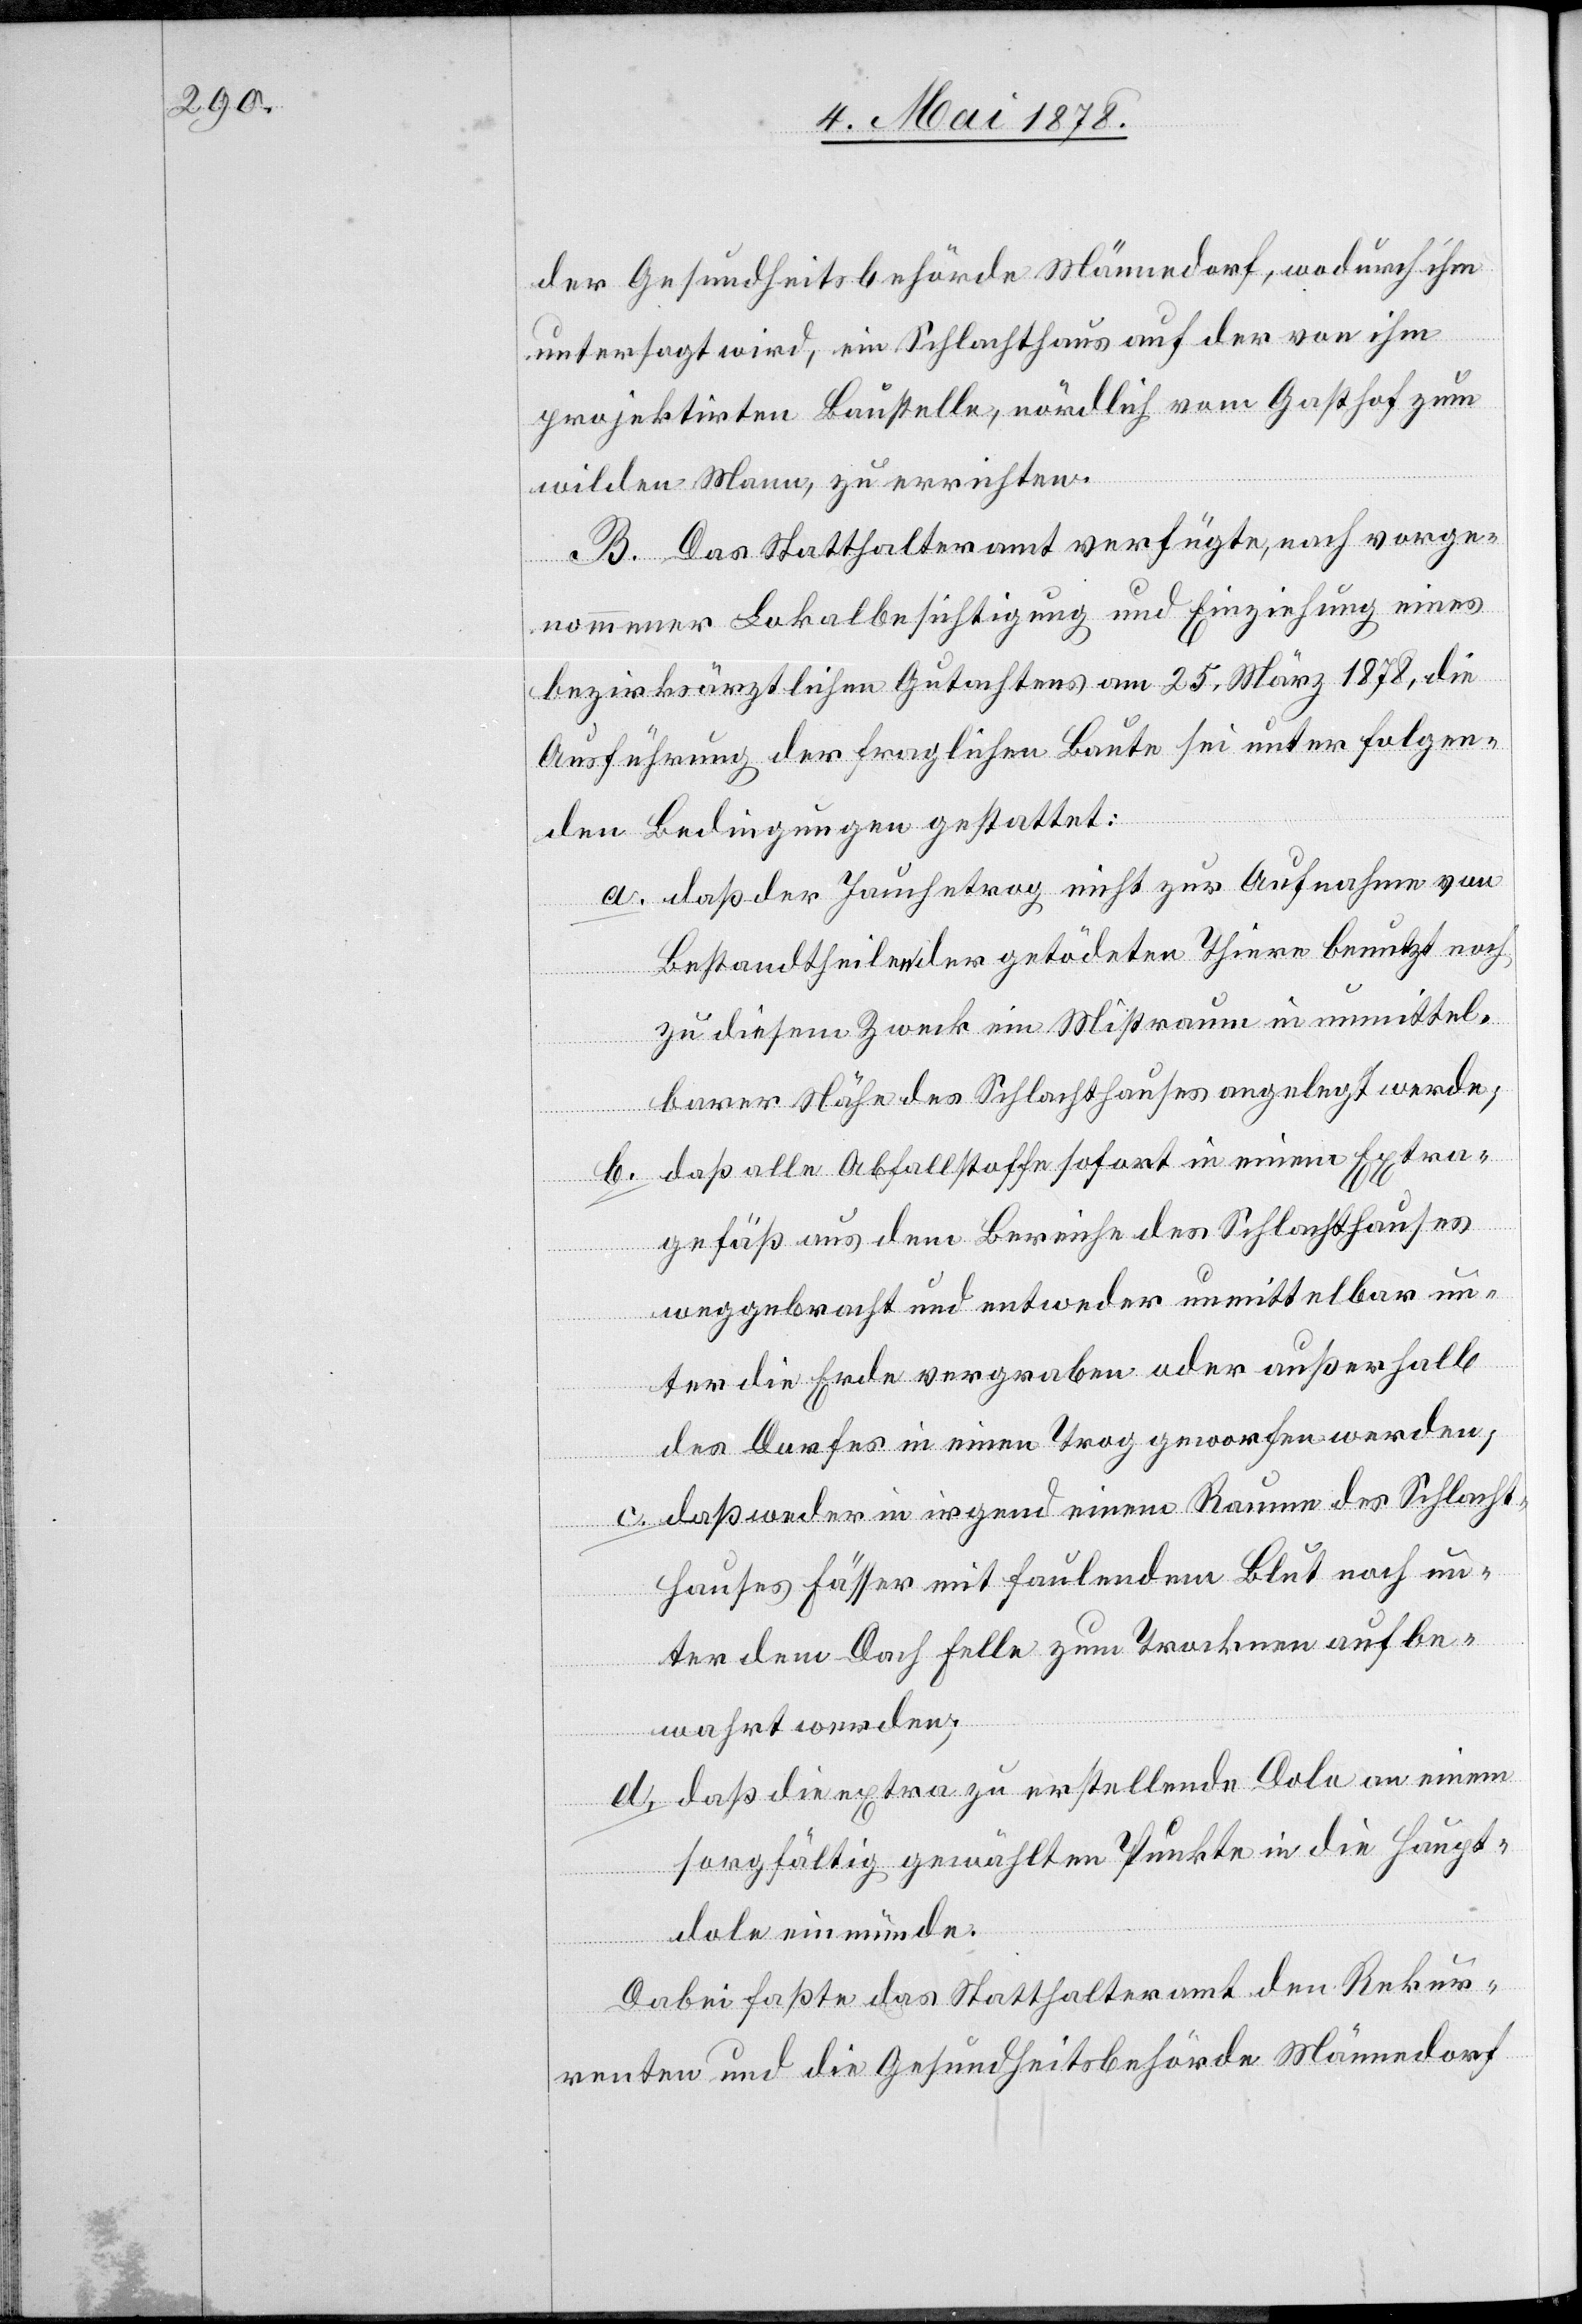
der Gesundheitsbehörde Männedorf, wodurch ihm
untersagt wird, ein Schlachthaus auf der von ihm
projektirten Baustelle, nördlich vom Gasthof zum
d.
wilden Mann, zu errichten.
B. Das Statthalteramt verfügte, nach vorge¬
nommener Lokalbesichtigung und Einziehung eines
bezirksärztlichen Gutachtens am 25. März 1878, die
Ausführung der fraglichen Baute sei unter folgen¬
den Bedingungen gestattet:
daß der Jauchetrog nicht zur Aufnahme von
Bestandtheilen der getödteten Thiere benutzt noch
zu diesem Zweck ein Mistraum in unmittel¬
barer Nähe des Schlachthauses angelegt werde,
daß alle Abfallstoffe sofort in einem Extra¬
gefäß aus dem Bereiche des Schlachthauses
weggebracht und entweder unmittelbar un¬
ter die Erde vergraben oder außerhalb
des Dorfes in einen Trog geworfen werden;
daß weder in irgend einem Raum des Schlacht¬
hauses Fässer mit faulendem Blut noch un¬
ter dem Dach Felle zum Trocknen aufbe¬
wahrt werden;
daß die extra zu erstellende Dole an einem
sorgfältig gewählten Punkte in die Haupt¬
dole einmünde.
Dabei fasste das Statthalteramt den Rekur¬
renten und die Gesundheitsbehörde Männedorf